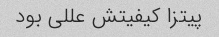
پیتزا کیفیتش عللی بود